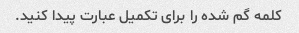
کلمه گم شده را برای تکمیل عبارت پیدا کنید.